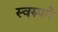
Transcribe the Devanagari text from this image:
स्वरुपमे